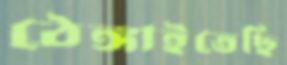
ঠেঙ্গাইতেছি